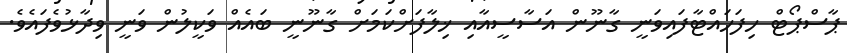
ޕާސްޕޯޓް ހިފަހައްޓާފައިވަނީ ގާނޫން އަސާސީއާއި ޚިލާފަށްކަމަށް ގާނޫނީ ބައެއް ވަކީލުން ވަނީ ވިދާޅުވެފައެވެ.